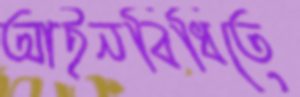
আইনবিধিতে